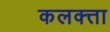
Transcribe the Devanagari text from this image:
कलक्‍त्ता